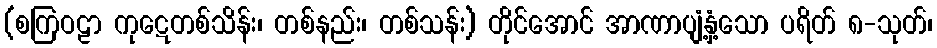
(စကြဝဠာ ကုဋေတစ်သိန်း၊ တစ်နည်း၊ တစ်သန်း) တိုင်အောင် အာဏာပျံ့နှံ့သော ပရိတ် ၈-သုတ်၊